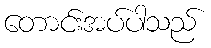
တောင်းအပ်ပါသည်